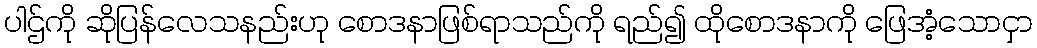
ပါဌ်ကို ဆိုပြန်လေသနည်းဟု စောဒနာဖြစ်ရာသည်ကို ရည်၍ ထိုစောဒနာကို ဖြေအံ့သောငှာ